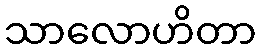
သာလောဟိတာ